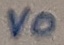
Text: VO